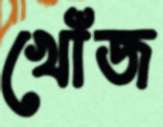
খোঁজ